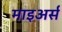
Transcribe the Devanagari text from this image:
माइअर्स